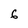
Character: 6